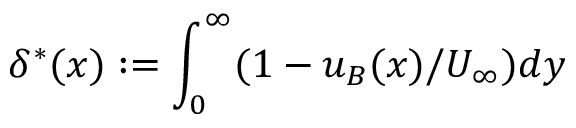
\delta ^ { * } ( x ) : = \int _ { 0 } ^ { \infty } ( 1 - u _ { B } ( x ) / U _ { \infty } ) d y